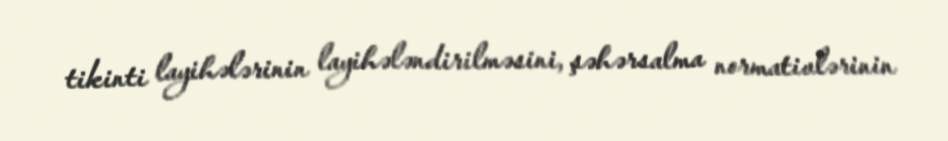
tikinti layihələrinin layihələndirilməsini, şəhərsalma normativlərinin